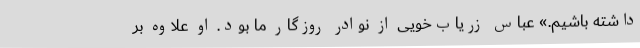
داشته باشیم.» عباس زریاب‌خویی از نوادر روزگار ما بود. او علاوه بر